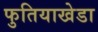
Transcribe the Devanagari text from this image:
फुतियाखेडा